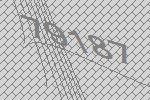
79187